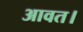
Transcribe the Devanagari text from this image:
आवत।